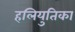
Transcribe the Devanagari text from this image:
हलियुतिका